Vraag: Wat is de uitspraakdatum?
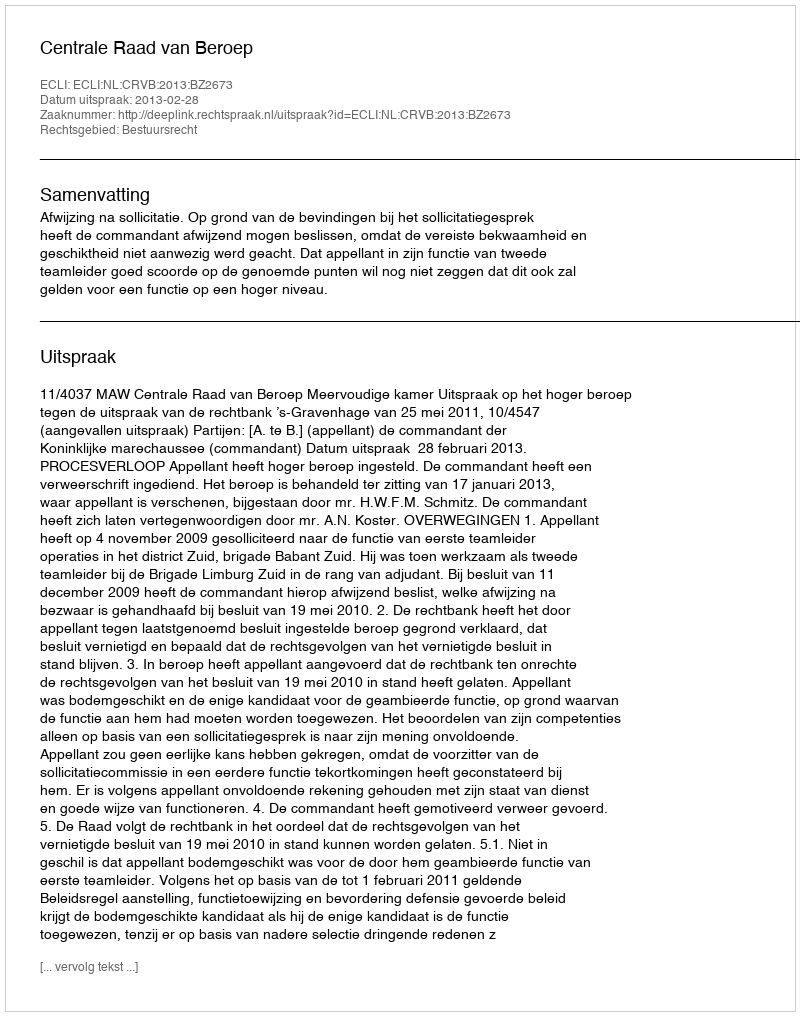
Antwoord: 2013-02-28